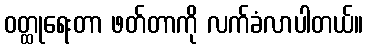
ဝတ္ထုရေးတာ ဖတ်တာကို လက်ခံလာပါတယ်။